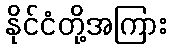
နိုင်ငံတို့အကြား